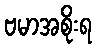
ဗမာအစိုးရ